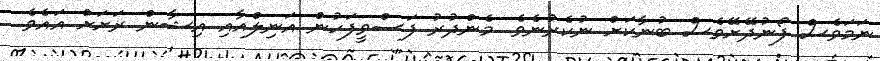
ނަމަވެސް ފޯނުދޭށޭވެސް ބުނާކަށް ނުކެރުނެވެ. މެންދުރު ފަސްވީފަހުން އަނިލްއާއި އިޝާން ރަށަށް އައެވެ.